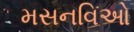
મસનવિઓ